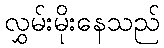
လွှမ်းမိုးနေသည်